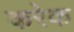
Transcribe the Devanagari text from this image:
करेक